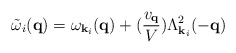
\begin{align*}{\tilde{\omega}}_{i}( {\bf{q}} ) = \omega_{ {\bf{k}}_{i} }({\bf{q}}) + (\frac{ v_{ {\bf{q}} } }{V})\Lambda^{2}_{ {\bf{k}}_{i} }(-{\bf{q}})\end{align*}